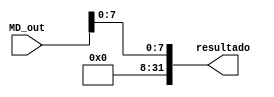
module sign_extend_8to32 (
    input wire [31:0] MD_out,
    output wire [31:0] resultado
);
    assign resultado = {{24{1'b0}}, MD_out[7:0]};
endmodule